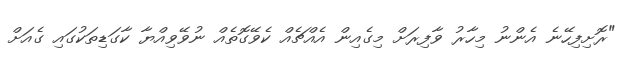
"ރޮށިފިހޭނެ އެންނު މިހާރު ވާފިރަށް މިގެއިން އެއްޗެއް ކެވޭގޮތެއް ނުވޭވިއްޔާ ކާގަޑިތަކުގައި ގެއަށް